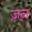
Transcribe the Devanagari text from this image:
ज़न